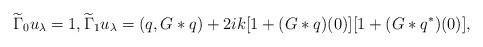
LaTeX: \begin{align*}\widetilde{\Gamma}_0u_\lambda=1, \widetilde{\Gamma}_1u_\lambda=({q}, G\ast{q})+2ik[1+(G\ast{q})(0)][1+(G\ast{{q}^*})(0)],\end{align*}